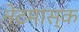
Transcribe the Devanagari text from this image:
नेटमास्क